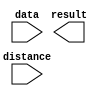
// megafunction wizard: %LPM_CLSHIFT%VBB%
// GENERATION: STANDARD
// VERSION: WM1.0
// MODULE: LPM_CLSHIFT 

// ============================================================
// Megafunction Name(s):
// 			LPM_CLSHIFT
//
// Simulation Library Files(s):
// 			
// ============================================================
// ************************************************************
// THIS IS A WIZARD-GENERATED FILE. DO NOT EDIT THIS FILE!
//
// 18.1.0 Build 625 09/12/2018 SJ Lite Edition
// ************************************************************

//Copyright (C) 2018  Intel Corporation. All rights reserved.
//Your use of Intel Corporation's design tools, logic functions 
//and other software and tools, and its AMPP partner logic 
//functions, and any output files from any of the foregoing 
//(including device programming or simulation files), and any 
//associated documentation or information are expressly subject 
//to the terms and conditions of the Intel Program License 
//Subscription Agreement, the Intel Quartus Prime License Agreement,
//the Intel FPGA IP License Agreement, or other applicable license
//agreement, including, without limitation, that your use is for
//the sole purpose of programming logic devices manufactured by
//Intel and sold by Intel or its authorized distributors.  Please
//refer to the applicable agreement for further details.

module random (
	data,
	distance,
	result);

	input	[3:0]  data;
	input	[1:0]  distance;
	output	[3:0]  result;

endmodule

// ============================================================
// CNX file retrieval info
// ============================================================
// Retrieval info: PRIVATE: INTENDED_DEVICE_FAMILY STRING "MAX 10"
// Retrieval info: PRIVATE: LPM_SHIFTTYPE NUMERIC "2"
// Retrieval info: PRIVATE: LPM_WIDTH NUMERIC "4"
// Retrieval info: PRIVATE: SYNTH_WRAPPER_GEN_POSTFIX STRING "0"
// Retrieval info: PRIVATE: lpm_widthdist NUMERIC "2"
// Retrieval info: PRIVATE: lpm_widthdist_style NUMERIC "0"
// Retrieval info: PRIVATE: new_diagram STRING "1"
// Retrieval info: PRIVATE: port_direction NUMERIC "0"
// Retrieval info: LIBRARY: lpm lpm.lpm_components.all
// Retrieval info: CONSTANT: LPM_SHIFTTYPE STRING "ROTATE"
// Retrieval info: CONSTANT: LPM_TYPE STRING "LPM_CLSHIFT"
// Retrieval info: CONSTANT: LPM_WIDTH NUMERIC "4"
// Retrieval info: CONSTANT: LPM_WIDTHDIST NUMERIC "2"
// Retrieval info: USED_PORT: data 0 0 4 0 INPUT NODEFVAL "data[3..0]"
// Retrieval info: USED_PORT: distance 0 0 2 0 INPUT NODEFVAL "distance[1..0]"
// Retrieval info: USED_PORT: result 0 0 4 0 OUTPUT NODEFVAL "result[3..0]"
// Retrieval info: CONNECT: @data 0 0 4 0 data 0 0 4 0
// Retrieval info: CONNECT: @direction 0 0 0 0 GND 0 0 0 0
// Retrieval info: CONNECT: @distance 0 0 2 0 distance 0 0 2 0
// Retrieval info: CONNECT: result 0 0 4 0 @result 0 0 4 0
// Retrieval info: GEN_FILE: TYPE_NORMAL random.v TRUE
// Retrieval info: GEN_FILE: TYPE_NORMAL random.inc FALSE
// Retrieval info: GEN_FILE: TYPE_NORMAL random.cmp FALSE
// Retrieval info: GEN_FILE: TYPE_NORMAL random.bsf FALSE
// Retrieval info: GEN_FILE: TYPE_NORMAL random_inst.v FALSE
// Retrieval info: GEN_FILE: TYPE_NORMAL random_bb.v TRUE